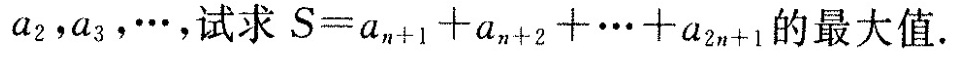
a_{2}，a_{3}，\cdots，试求$$S = a _ { n + 1 } + a _ { n + 2 } + \cdots + a _ { 2 n + 1 }$$的最大值。